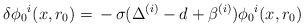
LaTeX: \begin{align*}\delta \phi_0{}^i (x, r_0) = \, - \, \sigma (\Delta^{(i)} -d + \beta^{(i)}) \phi_0{}^i (x,r_0)\end{align*}